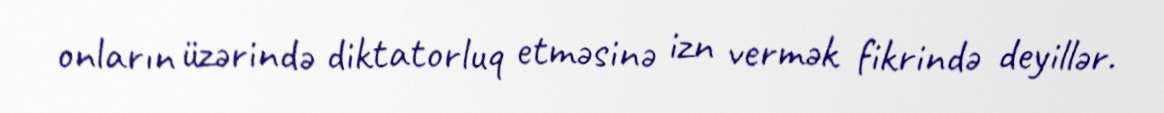
onların üzərində diktatorluq etməsinə izn vermək fikrində deyillər.